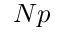
N p